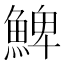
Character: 䱝